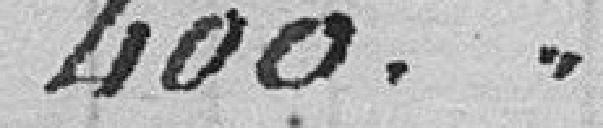
400.